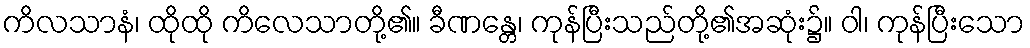
ကိလသာနံ၊ ထိုထို ကိလေသာတို့၏။ ခီဏန္တေ၊ ကုန်ပြီးသည်တို့၏အဆုံး၌။ ဝါ၊ ကုန်ပြီးသော